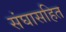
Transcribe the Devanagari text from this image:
संघासहित